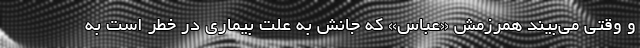
و وقتی می‌بیند همرزمش «عباس» که جانش به علت بیماری در خطر است به